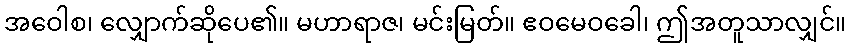
အဝေါစ၊ လျှောက်ဆိုပေ၏။ မဟာရာဇ၊ မင်းမြတ်။ ဧဝမေဝခေါ၊ ဤအတူသာလျှင်။